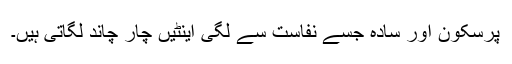
پرسکون اور سادہ جسے نفاست سے لگی اینٹیں چار چاند لگاتی ہیں۔